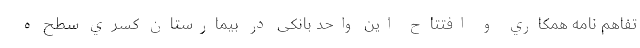
تفاهم نامه همكاري و افتتاح این واحد بانکی در بيمارستان كسري سطح ه